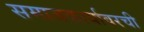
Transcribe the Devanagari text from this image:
समाजकार्यावरची